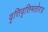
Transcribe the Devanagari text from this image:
वृत्तिवृत्तिमतोरत्र